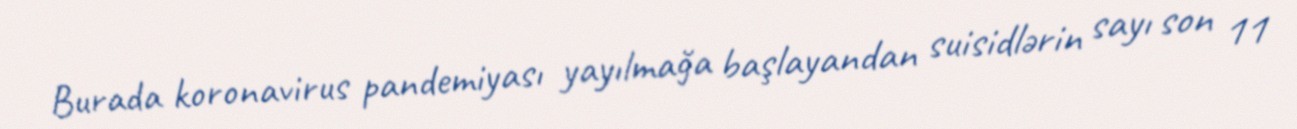
Burada koronavirus pandemiyası yayılmağa başlayandan suisidlərin sayı son 11